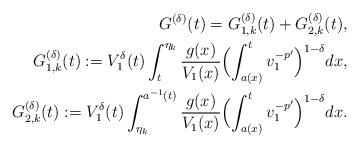
LaTeX: \begin{align*}G^{(\delta)}(t)=G_{1,k}^{(\delta)}(t)+G_{2,k}^{(\delta)}(t),\\ G_{1,k}^{(\delta)}(t):={V^{\delta}_1(t)}\int_t^{\eta_k}\frac{g(x)}{V_1(x)}\Bigl(\int_{a(x)}^tv_1^{-p'}\Bigr)^{1-\delta} dx,\\G_{2,k}^{(\delta)}(t):={V^{\delta}_1(t)}\int_{\eta_k}^{a^{-1}(t)}\frac{g(x)}{V_1(x)}\Bigl(\int_{a(x)}^tv_1^{-p'}\Bigr)^{1-\delta} dx.\end{align*}